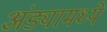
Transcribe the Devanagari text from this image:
अंड्यामध्ये